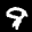
Label: 9